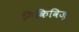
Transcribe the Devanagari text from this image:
मिकिविज़